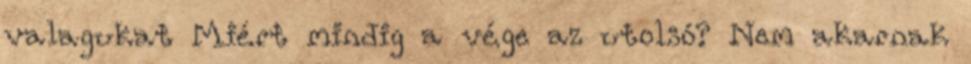
valagukat Miért mindig a vége az utolsó? Nem akarnak